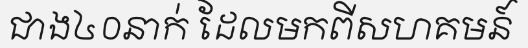
ជាង៤០នាក់ ដែលមកពីសហគមន៍